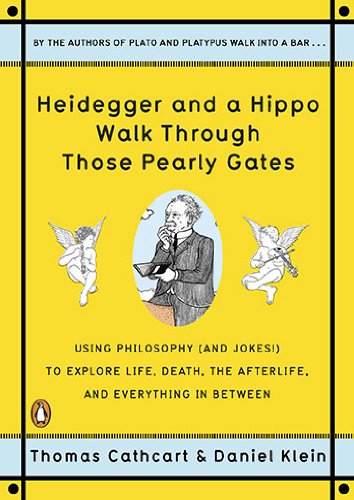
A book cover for Heidegger and a Hippo Walk Through Those Pearly Gates: Using Philosophy (and Jokes!) to Explore Life, Death, the Afterlife, and Everything in Between; Thomas Cathcart; Religion & Spirituality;